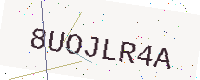
Text: 8UOJLR4A